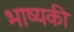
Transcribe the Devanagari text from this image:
भाष्यकी